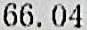
66.04